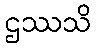
ဌဿသိ